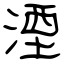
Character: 湮